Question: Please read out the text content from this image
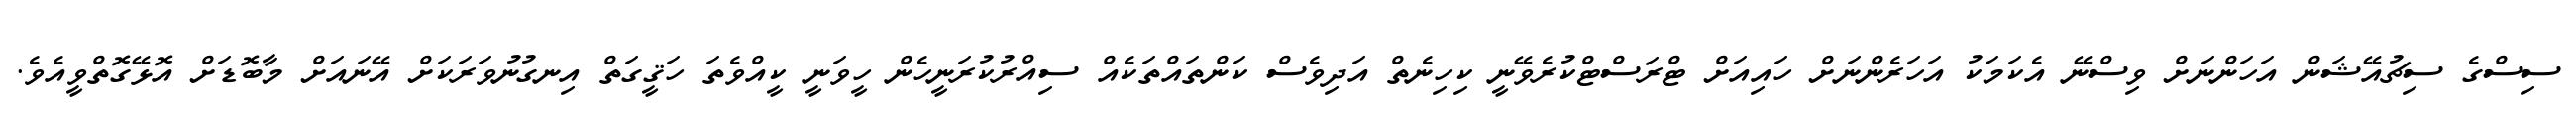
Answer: ސިސްގެ ސިޗުއޭޝަން އަހަންނަށް ވިސްނޭ އެކަމަކު އަހަރެންނަށް ހައިއަށް ޓްރަސްޓްކުރެވޭނީ ކިހިނެތް އަދިވެސް ކަންތައްތަކެއް ސިއްރުކުރަނީހެން ހީވަނީ ކީއްވެތަ ހަޤީގަތް އިނގުނުވަރަކަށް އޭނައަށް މާބޮޑަށް އޮޅޭގޮތްވީއެވެ.